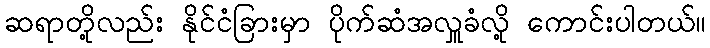
ဆရာတို့လည်း နိုင်ငံခြားမှာ ပိုက်ဆံအလှူခံလို့ ကောင်းပါတယ်။